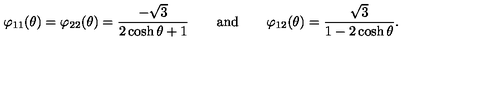
\varphi _ { 1 1 } ( \theta ) = \varphi _ { 2 2 } ( \theta ) = \frac { - \sqrt { 3 } } { 2 \cosh \theta + 1 } \qquad \mathrm { a n d } \qquad \varphi _ { 1 2 } ( \theta ) = \frac { \sqrt { 3 } } { 1 - 2 \cosh \theta } .